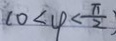
1 0 < 4 < \frac { \pi } { 2 }